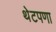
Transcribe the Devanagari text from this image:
थेटपणा